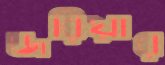
জরিয়ার